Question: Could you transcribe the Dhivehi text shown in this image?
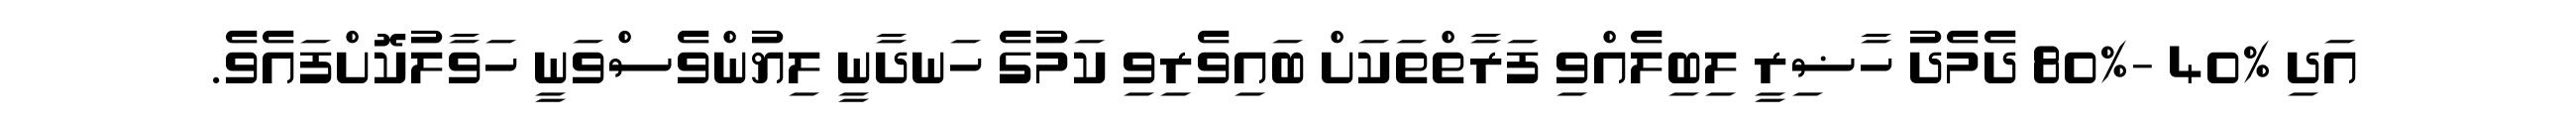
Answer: އަދި %40 -%80 ދެމެދު ހާޟިރީ ލިބިލެއްވި ފަރާތްތަކަށް ބައިވެރިވި ކަމުގެ ހަނދާނީ ލިޔުންވެސްވަނީ ހަވާލުކޮށްފައެވެ.